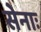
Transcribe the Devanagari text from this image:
सेनाः